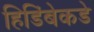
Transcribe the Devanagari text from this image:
हिडिंबेकडे